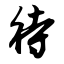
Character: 待